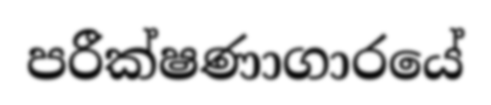
පරීක්ෂණාගාරයේ